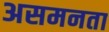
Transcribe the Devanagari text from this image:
असमनता